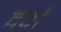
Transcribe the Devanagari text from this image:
देवोँ